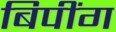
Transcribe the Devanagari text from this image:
बिपींग